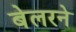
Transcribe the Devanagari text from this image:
बेलरने